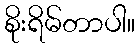
စိုးရိမ်တာပါ။